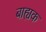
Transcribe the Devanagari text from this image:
बाह्यक